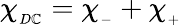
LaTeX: \chi_{_{D\mathbb{C}}}=\chi_{_{-}}+\chi_{_{+}}